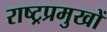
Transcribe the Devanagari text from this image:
राष्ट्रप्रमुखों